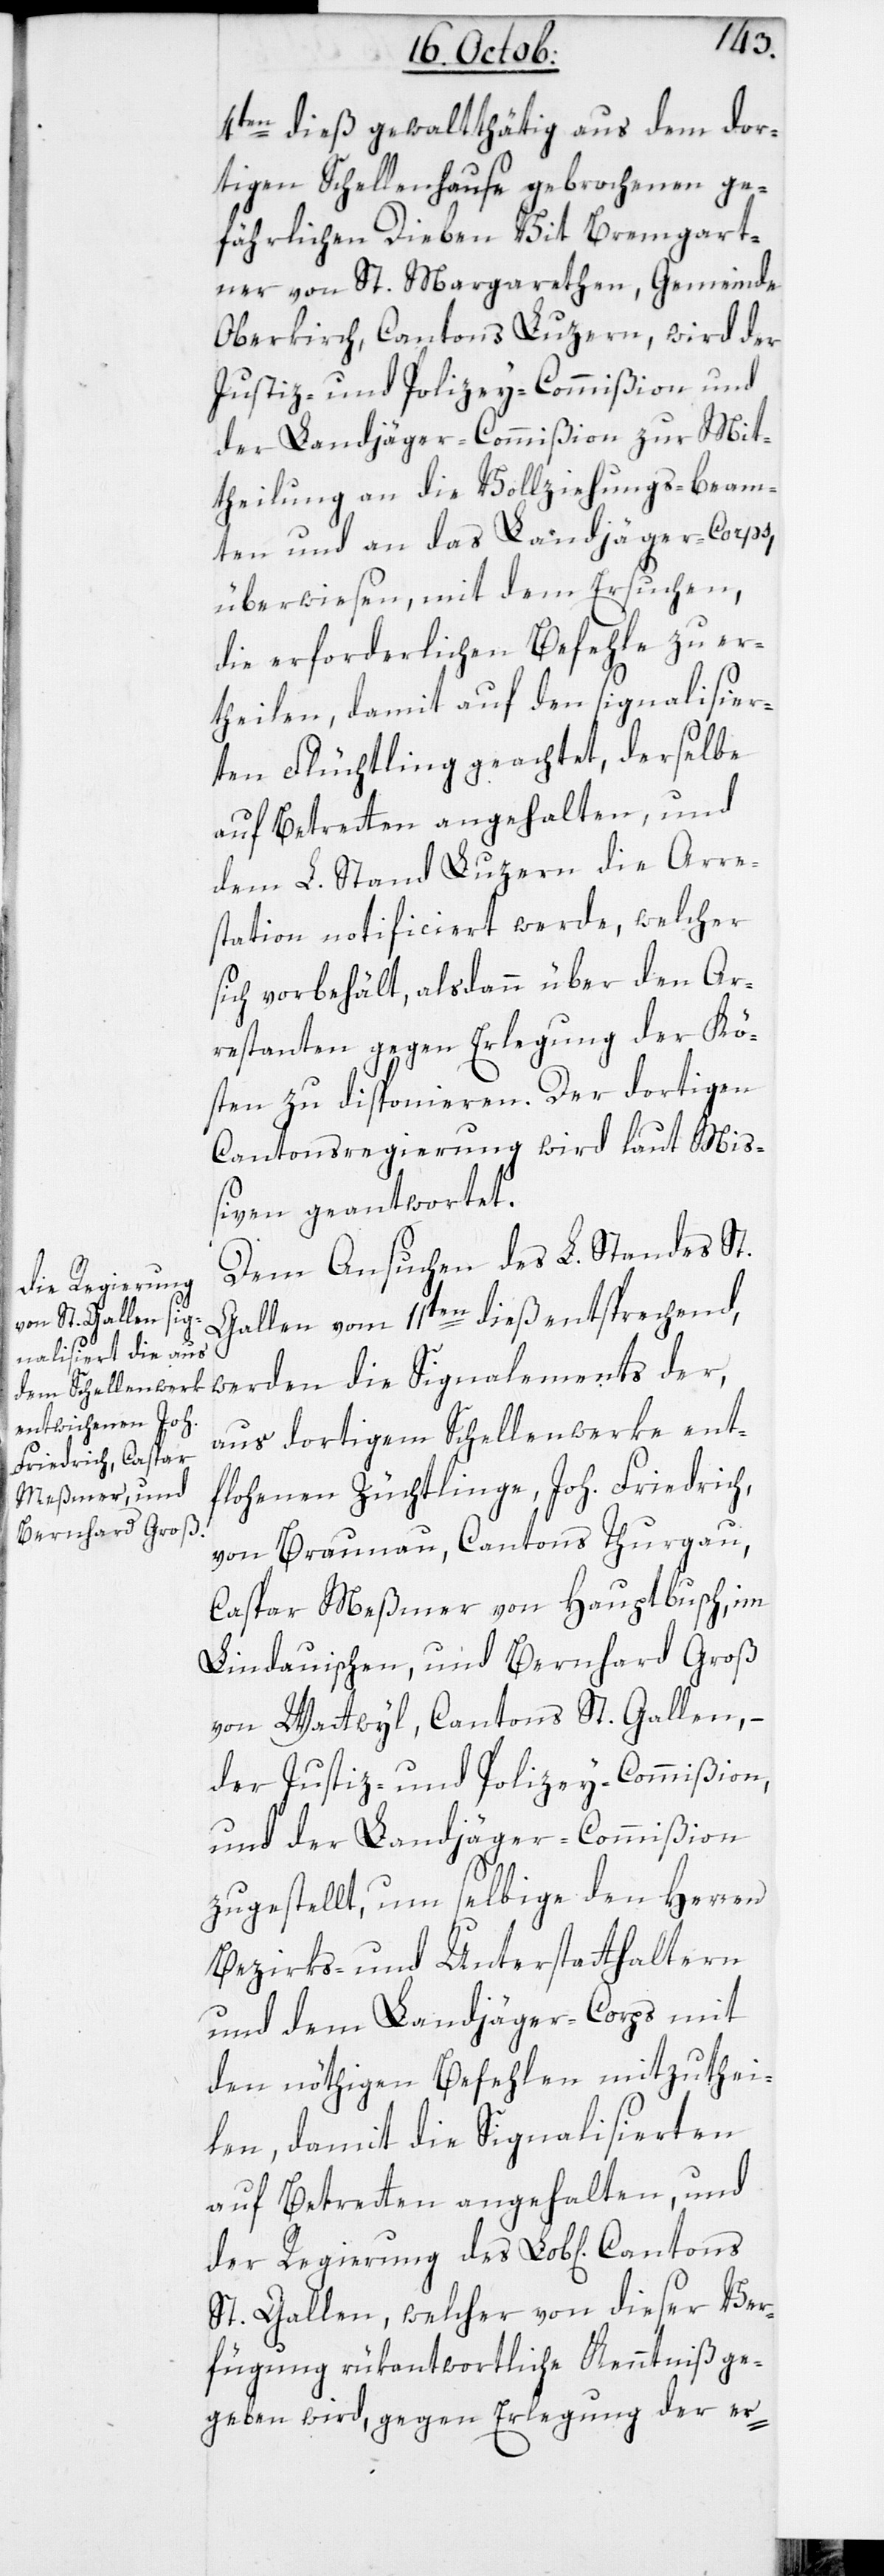
der Regierung

4ten dieß gewaltthätig aus dem dor¬
tigen Schellenhause gebrochenen ge¬
fährlichen Dieben Vit Bremgart¬
ner von St. Margarethen, Gemeinde
Oberkirch, Cantons Luzern, wird der
Justiz- und Polizey-Commißion und
der Landjäger-Commißion zur Mit¬
theilung an die Vollziehungs-beam¬
ten und an das Landjäger-Corps
überwiesen, mit dem Ersuchen,
die erforderlichen Befehle zu er¬
theilen, damit auf den signalisier¬
ten Flüchtling geachtet, derselbe
auf Betretten angehalten und
dem L. Stand Luzern die Arre¬
station notificiert werde, welcher
sich vorbehält, alsdann über den Ar¬
restanten gegen Erlegung der Kö¬
sten zu disponieren. Der dortigen
Cantonsregierung wird laut Miß¬
iven geantwortet.
Dem Ansuchen des L. Standes St.
Gallen vom 11ten dieß entsprechend,
werden die Signalements der
aus dortigem Schellenwerke ent¬
flohenen Züchtlinge, Joh. Friedrich
von Braunau, Cantons Thurgau,
Caspar Meßmer von Hauptbusch, im
Lindauischen; und Bernhard Groß
von Wattwyl, Cantons St. Gallen, –
der Justiz- und Polizey-Commißion
und der Landjäger-Commißion
zugestellt, um selbige den Herren
Bezirks- und Unterstatthaltern
und dem Landjäger-Corps mit
den nöthigen Befehlen mitzuthei¬
len, damit die Signalisierten
auf Betretten angehalten, und
St. Gallen, welcher von dieser Ver¬
fügung rükantwortliche Kenntniß ge¬
geben wird, gegen Erlegung der er-